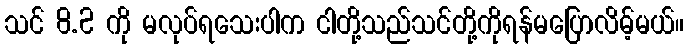
သင် 8.2 ကို မလုပ်ရသေးပါက ငါတို့သည်သင်တို့ကိုရန်မပြောလိမ့်မယ်။